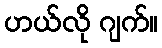
ဟယ်လို ဂျက်။